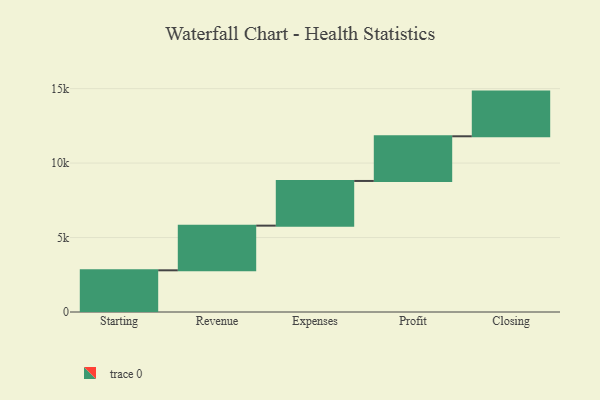
{"axis": {"x": "Step", "y": "Value"}, "legend": [""], "data": [{"x": "Starting", "y": 2799.0, "type": ""}, {"x": "Revenue", "y": 3000, "type": ""}, {"x": "Expenses", "y": 3000, "type": ""}, {"x": "Profit", "y": 3000, "type": ""}, {"x": "Closing", "y": 3000, "type": ""}]}